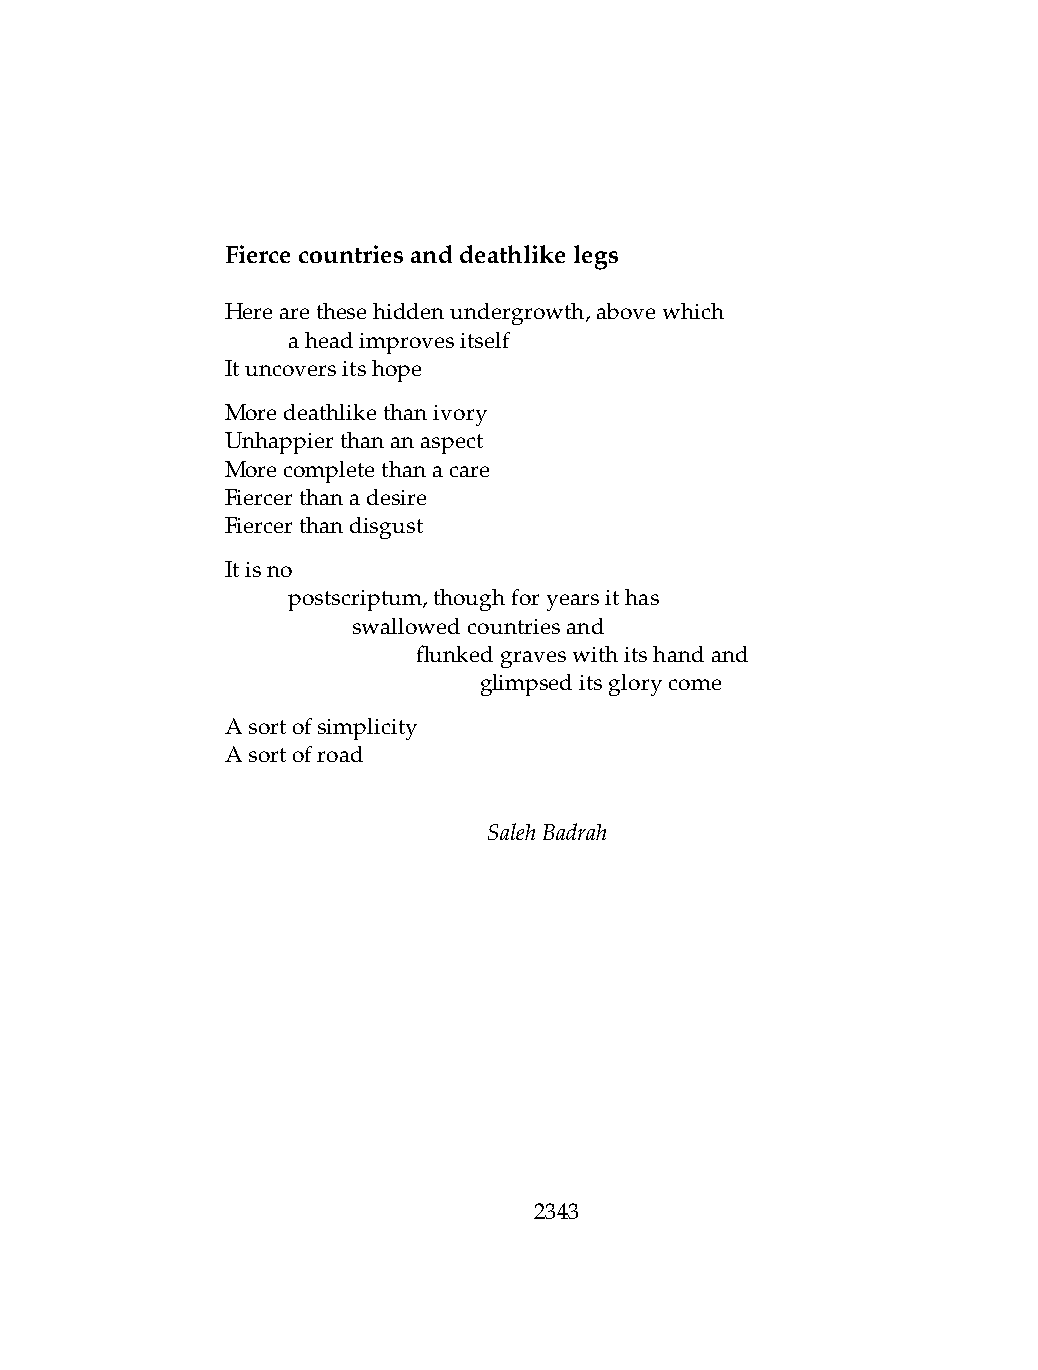
Fiercecountriesanddeathlikelegs
 Herearethesehiddenundergrowth,abovewhich
 .   aheadimprovesitself
 Ituncoversitshope
 Moredeathlikethanivory
 Unhappierthananaspect
 Morecompletethanacare
 Fiercerthanadesire
 Fiercerthandisgust
 Itisno
 .   postscriptum,thoughforyearsithas
 .   .   swallowedcountriesand
 .   .   .    flunkedgraveswithitshandand
 .   .   .    .   glimpseditsglorycome
 Asortofsimplicity
 Asortofroad
 SalehBadrah
 2343